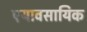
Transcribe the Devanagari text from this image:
एयावसायिक